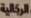
الرجالية